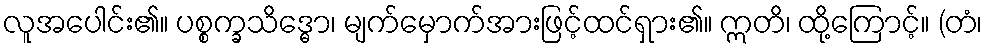
လူအပေါင်း၏။ ပစ္စက္ခသိဒ္ဓော၊ မျက်မှောက်အားဖြင့်ထင်ရှား၏။ ဣတိ၊ ထို့ကြောင့်။ (တံ၊